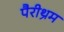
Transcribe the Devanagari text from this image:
पैरीथ्रम